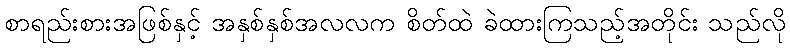
စာရည်းစားအဖြစ်နှင့် အနှစ်နှစ်အလလက စိတ်ထဲ ခဲထားကြသည့်အတိုင်း သည်လို